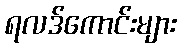
ရလဒ်ကောင်းများ